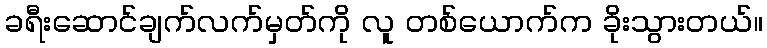
ခရီးဆောင်ချက်လက်မှတ်ကို လူ တစ်ယောက်က ခိုးသွားတယ်။